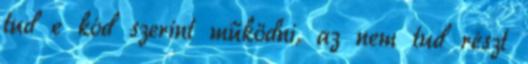
tud e kód szerint működni, az nem tud részt